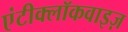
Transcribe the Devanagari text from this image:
एंटीक्लॉकवाइज़